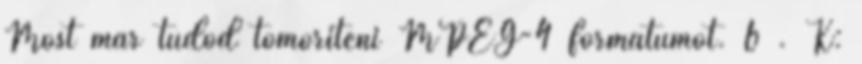
Most már tudod tömöríteni MPEG-4 formátumot. 6 . K: